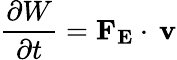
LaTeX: {\frac{\partial W}{\partial t}}=\mathbf{F_{E}}\cdot\, \mathbf{v}